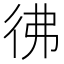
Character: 彿